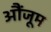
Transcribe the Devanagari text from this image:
औंजूम